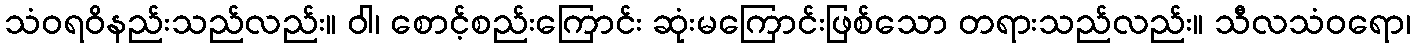
သံဝရဝိနည်းသည်လည်း။ ဝါ၊ စောင့်စည်းကြောင်း ဆုံးမကြောင်းဖြစ်သော တရားသည်လည်း။ သီလသံဝရော၊